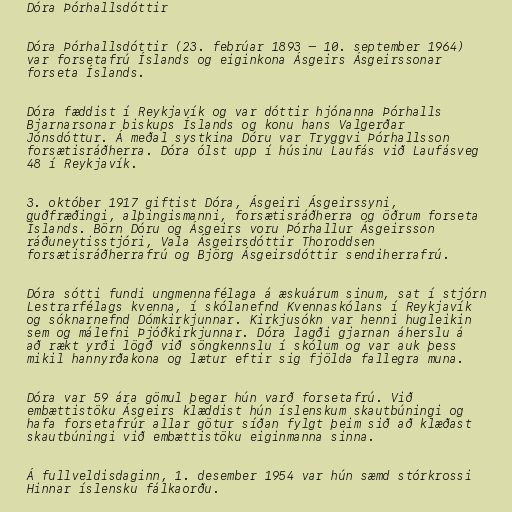
Dóra Þórhallsdóttir

Dóra Þórhallsdóttir (23. febrúar 1893 – 10. september 1964)
var forsetafrú Íslands og eiginkona Ásgeirs Ásgeirssonar
forseta Íslands.

Dóra fæddist í Reykjavík og var dóttir hjónanna Þórhalls
Bjarnarsonar biskups Íslands og konu hans Valgerðar
Jónsdóttur. Á meðal systkina Dóru var Tryggvi Þórhallsson
forsætisráðherra. Dóra ólst upp í húsinu Laufás við Laufásveg
48 í Reykjavík.

3. október 1917 giftist Dóra, Ásgeiri Ásgeirssyni,
guðfræðingi, alþingismanni, forsætisráðherra og öðrum forseta
Íslands. Börn Dóru og Ásgeirs voru Þórhallur Ásgeirsson
ráðuneytisstjóri, Vala Ásgeirsdóttir Thoroddsen
forsætisráðherrafrú og Björg Ásgeirsdóttir sendiherrafrú.

Dóra sótti fundi ungmennafélaga á æskuárum sinum, sat í stjórn
Lestrarfélags kvenna, í skólanefnd Kvennaskólans í Reykjavík
og sóknarnefnd Dómkirkjunnar. Kirkjusókn var henni hugleikin
sem og málefni Þjóðkirkjunnar. Dóra lagði gjarnan áherslu á
að rækt yrði lögð við söngkennslu í skólum og var auk þess
mikil hannyrðakona og lætur eftir sig fjölda fallegra muna.

Dóra var 59 ára gömul þegar hún varð forsetafrú. Við
embættistöku Ásgeirs klæddist hún íslenskum skautbúningi og
hafa forsetafrúr allar götur síðan fylgt þeim sið að klæðast
skautbúningi við embættistöku eiginmanna sinna.

Á fullveldisdaginn, 1. desember 1954 var hún sæmd stórkrossi
Hinnar íslensku fálkaorðu.